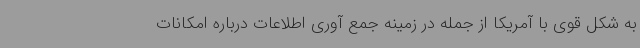
به شکل قوی با آمریکا از جمله در زمینه جمع آوری اطلاعات درباره امکانات